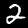
Label: 2